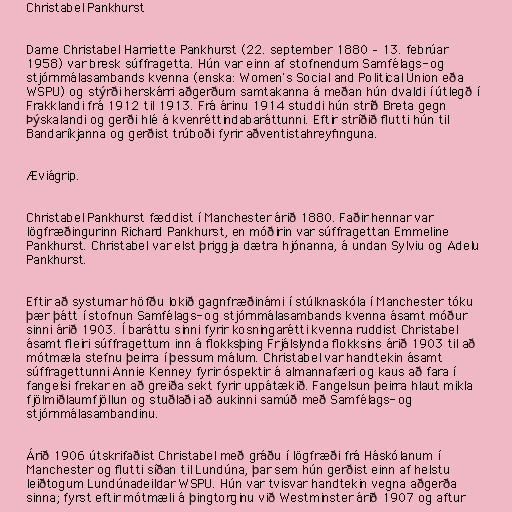
Christabel Pankhurst

Dame Christabel Harriette Pankhurst (22. september 1880 – 13. febrúar
1958) var bresk súffragetta. Hún var einn af stofnendum Samfélags- og
stjórnmálasambands kvenna (enska: Women's Social and Political Union eða
WSPU) og stýrði herskárri aðgerðum samtakanna á meðan hún dvaldi í útlegð í
Frakklandi frá 1912 til 1913. Frá árinu 1914 studdi hún stríð Breta gegn
Þýskalandi og gerði hlé á kvenréttindabaráttunni. Eftir stríðið flutti hún til
Bandaríkjanna og gerðist trúboði fyrir aðventistahreyfinguna.

Æviágrip.

Christabel Pankhurst fæddist í Manchester árið 1880. Faðir hennar var
lögfræðingurinn Richard Pankhurst, en móðirin var súffragettan Emmeline
Pankhurst. Christabel var elst þriggja dætra hjónanna, á undan Sylviu og Adelu
Pankhurst.

Eftir að systurnar höfðu lokið gagnfræðinámi í stúlknaskóla í Manchester tóku
þær þátt í stofnun Samfélags- og stjórnmálasambands kvenna ásamt móður
sinni árið 1903. Í baráttu sinni fyrir kosningarétti kvenna ruddist Christabel
ásamt fleiri súffragettum inn á flokksþing Frjálslynda flokksins árið 1903 til að
mótmæla stefnu þeirra í þessum málum. Christabel var handtekin ásamt
súffragettunni Annie Kenney fyrir óspektir á almannafæri og kaus að fara í
fangelsi frekar en að greiða sekt fyrir uppátækið. Fangelsun þeirra hlaut mikla
fjölmiðlaumfjöllun og stuðlaði að aukinni samúð með Samfélags- og
stjórnmálasambandinu.

Árið 1906 útskrifaðist Christabel með gráðu í lögfræði frá Háskólanum í
Manchester og flutti síðan til Lundúna, þar sem hún gerðist einn af helstu
leiðtogum Lundúnadeildar WSPU. Hún var tvisvar handtekin vegna aðgerða
sinna; fyrst eftir mótmæli á þingtorginu við Westminster árið 1907 og aftur